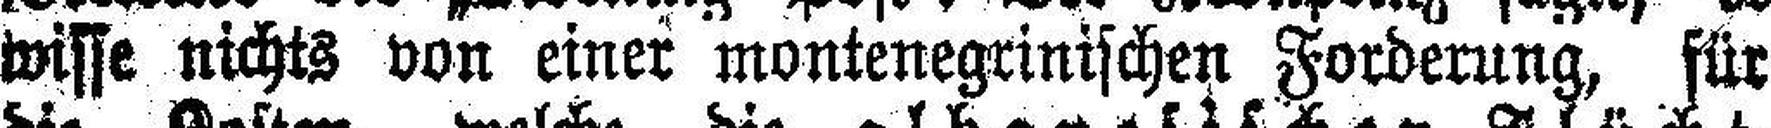
wisse nichts von einer montenegrinischen Forderung, für